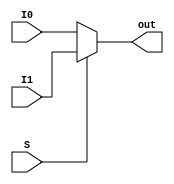
// Mux2to1

module Mux2to1 ( I0,
				 I1,
				 S,
				 out);

	parameter bit_size = 32;

	input  [bit_size-1:0] I0;
	input  [bit_size-1:0] I1;
	input  S;

	output [bit_size-1:0] out;
  

	assign out[bit_size-1:0] = (S) ? I1[bit_size-1:0] : I0[bit_size-1:0] ;

	
endmodule